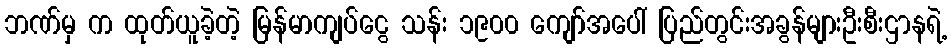
ဘဏ်မှ က ထုတ်ယူခဲ့တဲ့ မြန်မာကျပ်ငွေ သန်း ၁၉၀၀ ကျော်အပေါ် ပြည်တွင်းအခွန်များဦးစီးဌာနရဲ့